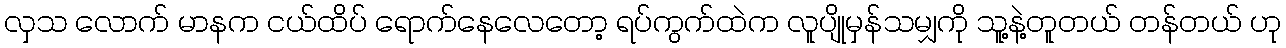
လှသ လောက် မာနက ငယ်ထိပ် ရောက်နေလေတော့ ရပ်ကွက်ထဲက လူပျိုမှန်သမျှကို သူ့နဲ့တူတယ် တန်တယ် ဟု